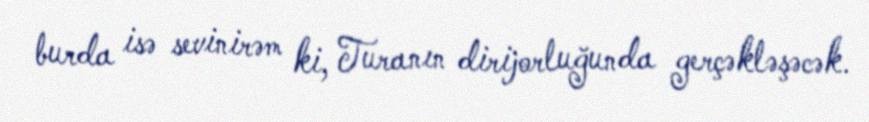
burda isə sevinirəm ki, Turanın dirijorluğunda gerçəkləşəcək.